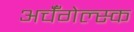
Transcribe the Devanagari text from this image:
अर्चँगेल्स्क